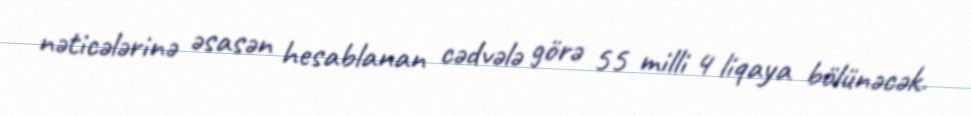
nəticələrinə əsasən hesablanan cədvələ görə 55 milli 4 liqaya bölünəcək.